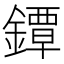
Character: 鐔